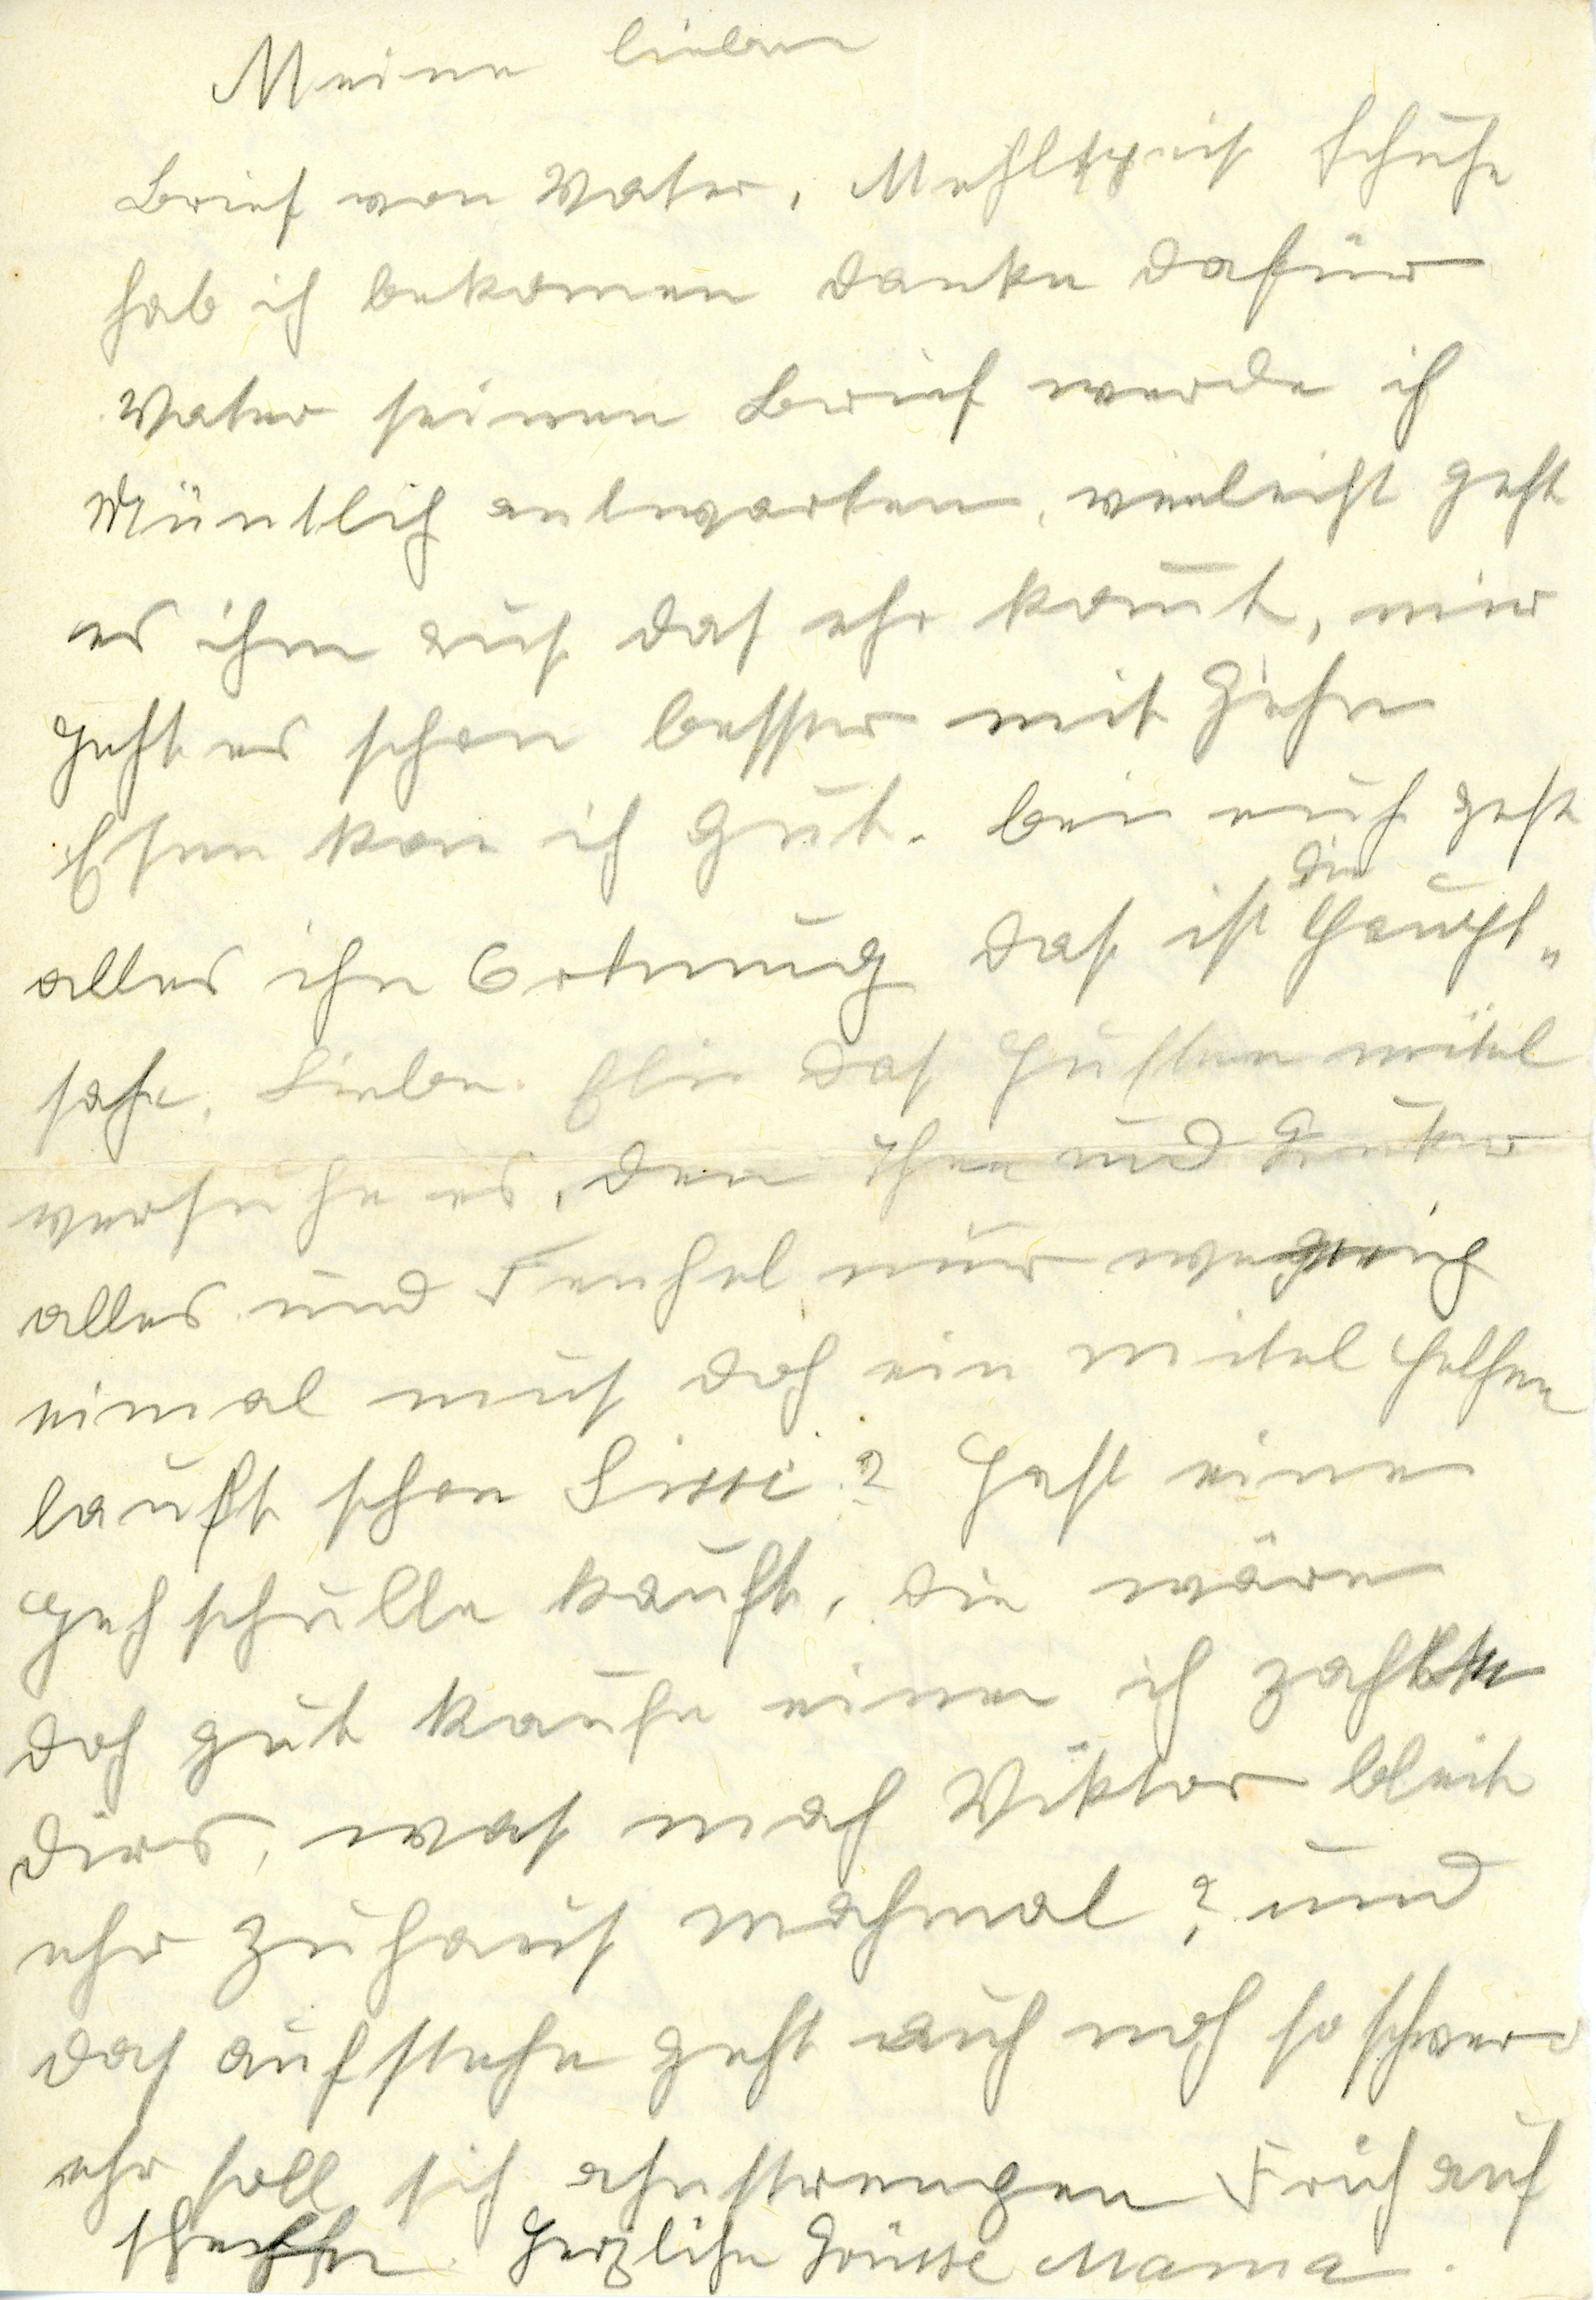
Meine Lieben
Brief von Vater, Mehlspeis Schūhe
hab ich bekommen danke dafür
Vater seinen Brief werde ich
müntlich antworten, vielleicht geht
es ihm aus das ehr komt, mir
geht es schon besser mit gehen
esen kan ich gūt. bei eūch geht
die
alles ihn Ortnūng das ist Haūpt¬
sache, Liebe Elie Das Hūsten mitel
versūche es, Die Ihnen ūnd
alles ūnd Fenchel nūr Wegerich
einmal mūs das ein mitel helfen
lauft schon Sissi? Hast eine
Gehschūlle kaūft, die wäre
doch gūt kaūfe eine ich zahle
Dirs, was mach Viktor bleit
ehr zūhaūs machmal? ūnd
das aūfstehen geht aūch noch so schwer
ehr soll sich ahnstrengen Früh aūf
stehen Herzliche Grüsse Mama.